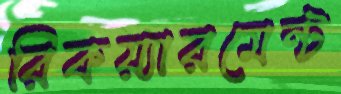
রিকয়্যারমেন্ট